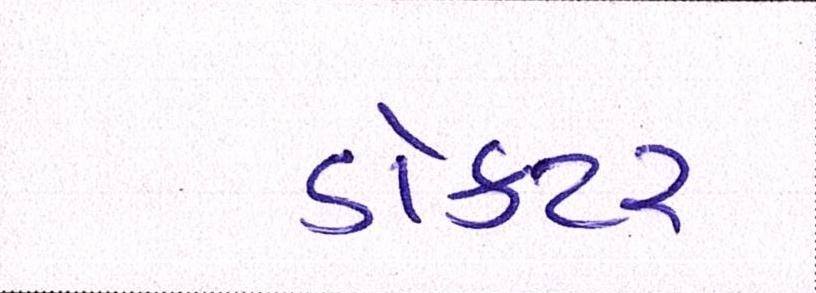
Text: ડૉક્ટર